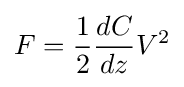
F={\frac {1}{2}}{\frac {dC}{dz}}V^{2}